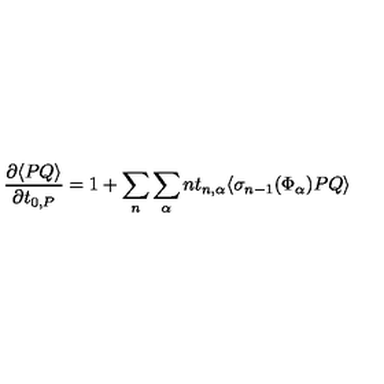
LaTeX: \frac { \partial \langle P Q \rangle } { \partial t _ { 0 , P } } = 1 + \sum _ { n } \sum _ { \alpha } n t _ { n , \alpha } \langle \sigma _ { n - 1 } ( \Phi _ { \alpha } ) P Q \rangle